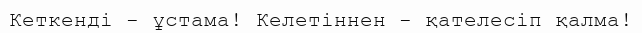
Кеткенді - ұстама! Келетіннен - қателесіп қалма!